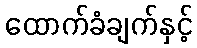
ထောက်ခံချက်နှင့်